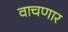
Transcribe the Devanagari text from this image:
वाचणार